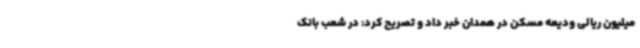
میلیون ریالی ودیعه مسکن در همدان خبر داد و تصریح کرد: در شعب بانک